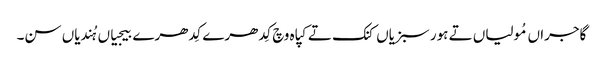
گاجراں مُولیاں تے ہور سبزیاں کنک تے کپاہ وچ کِدھرے کِدھرے بیجیاں ہُندیاں سن۔